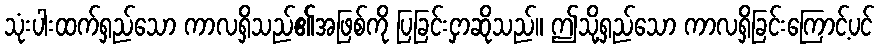
သုံးပါးထက်ရှည်သော ကာလရှိသည်၏အဖြစ်ကို ပြခြင်းငှာဆိုသည်။ ဤသို့ရှည်သော ကာလရှိခြင်းကြောင့်ပင်